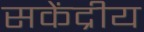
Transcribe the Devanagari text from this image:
सकेंद्रीय